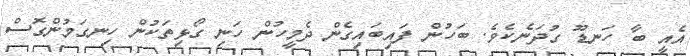
އެއީ ބާ ހަނޑޫ ގުދަނެކެވެ. ބަހުން ފައިބައިގެން ދެމީހުން ހަނި ގޯޅިތަކުން ހިނގަމުންގޮސް